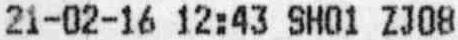
21-02-16 12:43 SH01 ZJ08